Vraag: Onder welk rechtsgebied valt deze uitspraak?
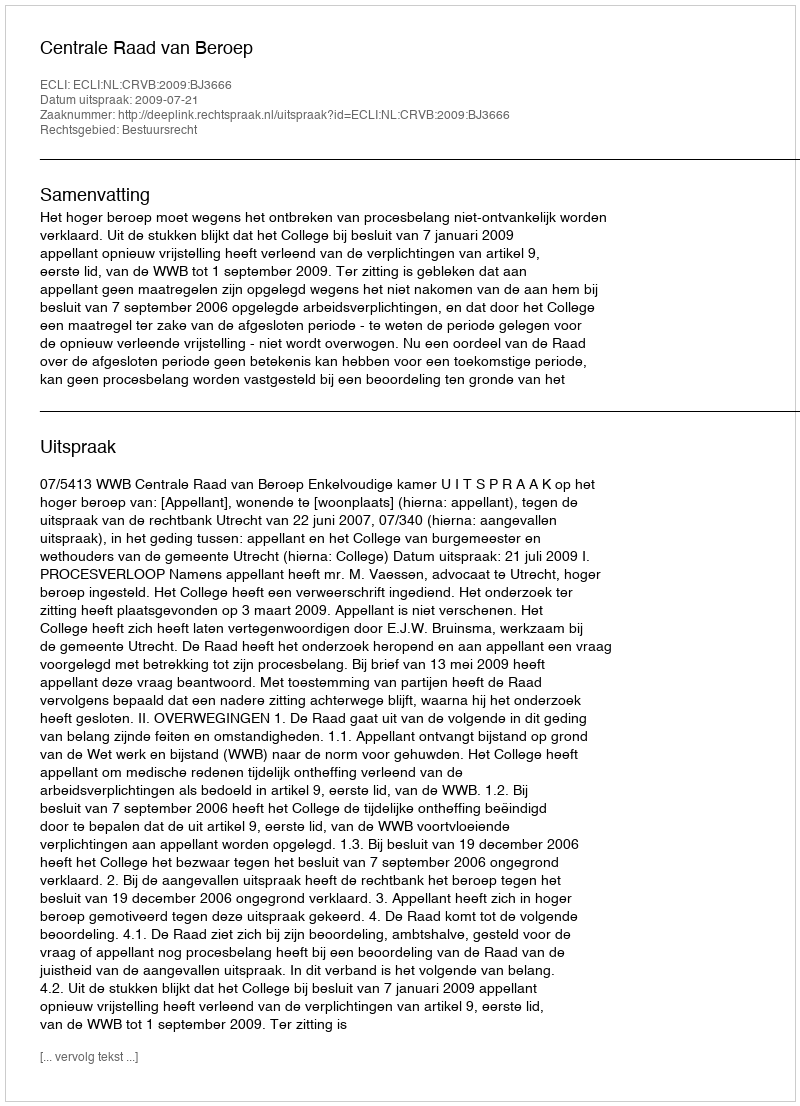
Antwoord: Bestuursrecht